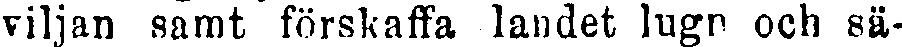
viljan samt förskaffa landet lugn och sä-